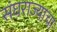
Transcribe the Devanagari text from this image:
संघराज्याचा